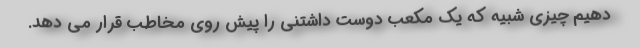
دهیم چیزی شبیه که یک مکعب دوست داشتنی را پیش روی مخاطب قرار می دهد.